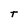
Character: T